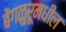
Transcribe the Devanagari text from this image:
बेंगळुरूमधील